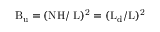
\mathrm { { B _ { u } } = ( N H / \Omega L ) ^ { 2 } = ( L _ { d } / L ) ^ { 2 } }